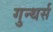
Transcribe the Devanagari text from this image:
गुन्थर्स